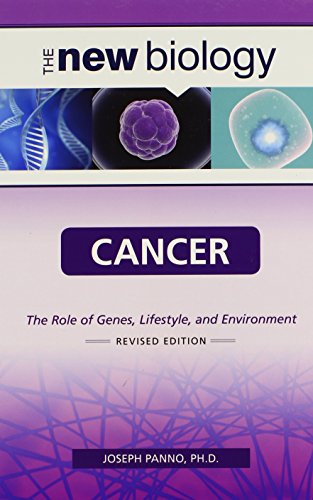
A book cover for Cancer: The Role of Genes, Lifestyle, and Environment (New Biology); Joseph Panno; Teen & Young Adult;